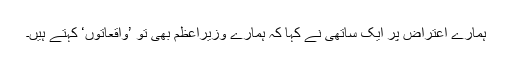
ہمارے اعتراض پر ایک ساتھی نے کہا کہ ہمارے وزیرِاعظم بھی تو ’واقعاتوں‘ کہتے ہیں۔